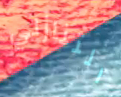
التنازلي